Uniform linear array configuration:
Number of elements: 32
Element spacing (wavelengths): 0.5
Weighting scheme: blackman
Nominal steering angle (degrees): -15
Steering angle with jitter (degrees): -13.999
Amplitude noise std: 0.05
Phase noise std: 0.05

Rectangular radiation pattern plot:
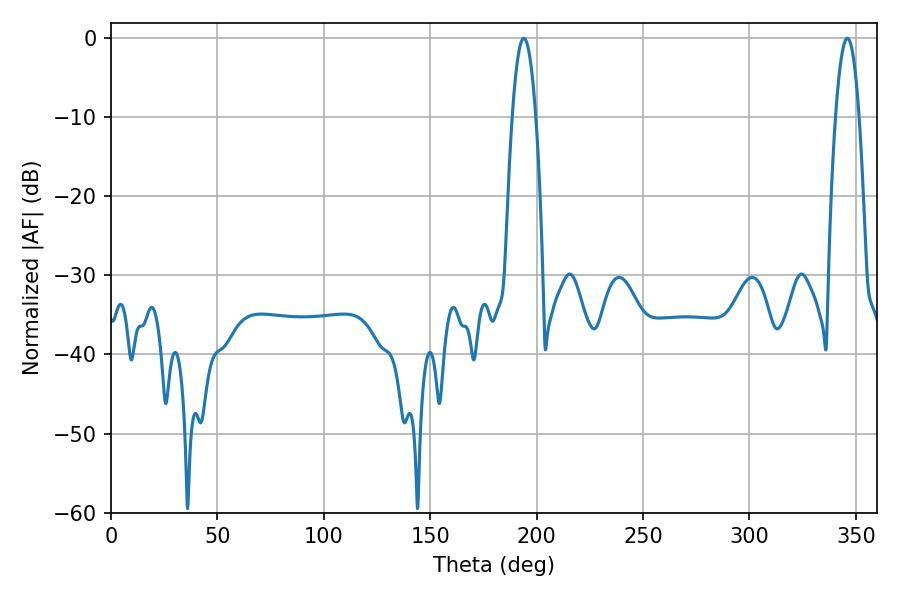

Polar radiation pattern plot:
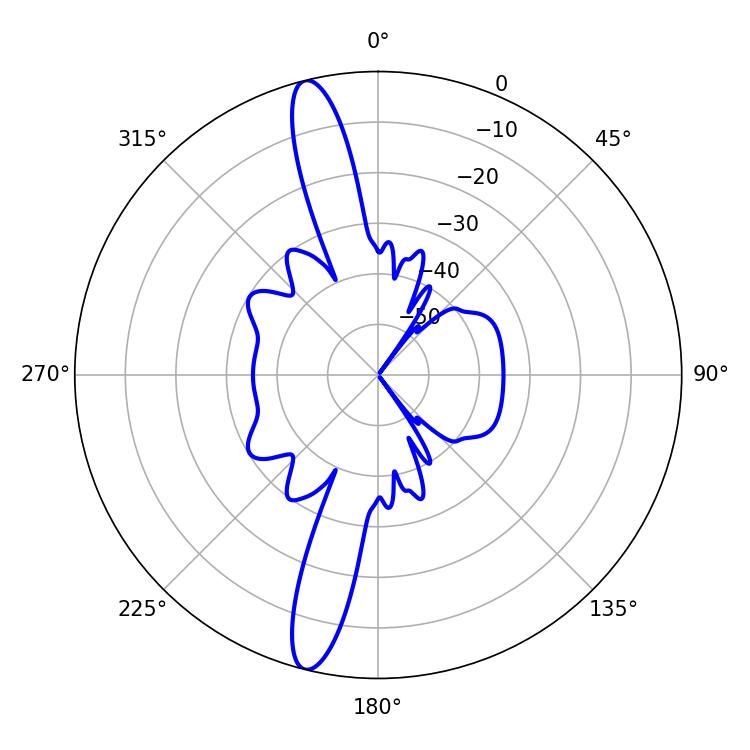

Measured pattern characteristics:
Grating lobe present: FALSE
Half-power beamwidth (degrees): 6.12
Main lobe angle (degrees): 194.04